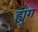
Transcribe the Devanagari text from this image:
ह्युंग